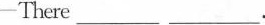
-There___.